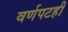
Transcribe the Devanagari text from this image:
वर्णपटही